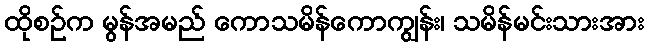
ထိုစဉ်က မွန်အမည် ကောသမိန်ကောကျွန်း၊ သမိန်မင်းသားအား